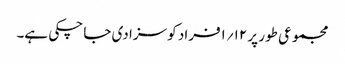
مجموعی طور پر ۱۲؍۱فراد کو سزا دی جا چکی ہے۔